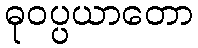
ဓုဝပ္ပယာတော